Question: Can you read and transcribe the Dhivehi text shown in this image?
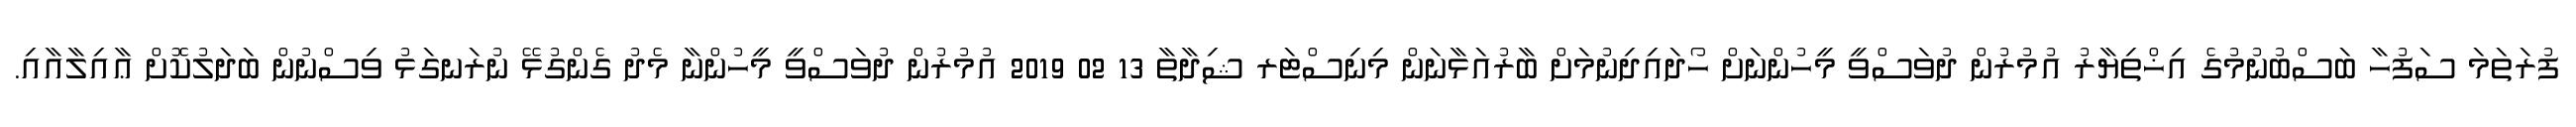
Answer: ފުރަތަމަ ސަފުހާ ބަސްބުނުމުގެ އިޚްތިޔާރު އުމުރުން ދުވަސްވީ މީހުންނަށް ހޯދައިދިނުމަށް ބާރުއަޅާނަން މިނިސްޓަރ ޝިދާތާ 13 02 2019 އުމުރުން ދުވަސްވީ މީހުންނާ މެދު ގެންގުޅޭ ނުރަނގަޅު ވިސްނުން ބަދަލުކޮށް ޢާއިލާއާއި.